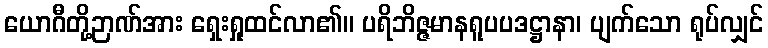
ယောဂီတို့ဉာဏ်အား ရှေးရှုထင်လာ၏။ ပရိဘိဇ္ဇမာနရူပပဒဋ္ဌာနာ၊ ပျက်သော ရုပ်လျှင်